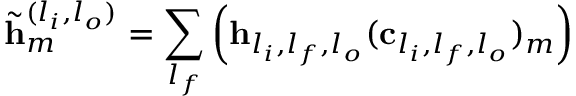
\tilde { \mathbf { h } } _ { m } ^ { ( l _ { i } , l _ { o } ) } = \sum _ { l _ { f } } \left( \mathbf { h } _ { l _ { i } , l _ { f } , l _ { o } } ( \mathbf { c } _ { l _ { i } , l _ { f } , l _ { o } } ) _ { m } \right)